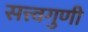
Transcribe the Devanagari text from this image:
सत्त्वगुणी